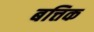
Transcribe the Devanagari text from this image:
बत्तिक